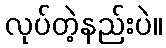
လုပ်တဲ့နည်းပဲ။